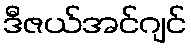
ဒီဇယ်အင်ဂျင်